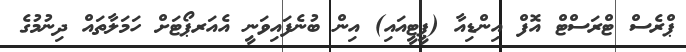
ޕްރެސް ޓްރަސްޓް އޮފް އިންޑިއާ (ޕީޓީއައި) އިން ބުނެފައިވަނީ އެއަރޕޯޓަށް ހަމަލާތައް ދިނުމުގެ